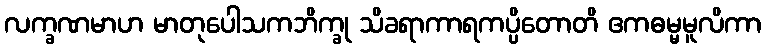
လက္ခဏမာဟ မာတုပေါသကဘိက္ခု သိခရာကာရကပ္ပိတောတိ ဧကဓမ္မမူလိကာ